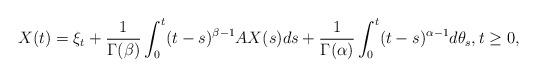
LaTeX: \begin{align*}X(t)=\xi_t+\frac{1}{\Gamma(\beta)} \int_0^t (t-s)^{\beta-1} A X(s) ds + \frac{1}{\Gamma(\alpha)}\int_0^t (t-s)^{\alpha-1}d\theta_s,t\ge 0,\end{align*}